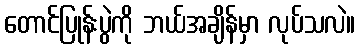
တောင်ပြုန်းပွဲကို ဘယ်အချိန်မှာ လုပ်သလဲ။